system: You are a helpful assistant.
user:
Analyze the provided spectrum to determine if it is a **"Cataclysmic Variables (CV)"**.

- **Key Indicators for CV (Check for either state):**
    - **State 1: Quiescent / Low-State (Emission-Dominated)**
        - **(Primary):** Strong and *very broad* Hydrogen Balmer emission lines (e.g., $H\alpha$ at 6563 Å, $H\beta$ at 4861 Å). The 'broadness' (high velocity dispersion, often FWHM > 1000 km/s) is the key diagnostic, indicating a high-velocity accretion disk.
        - **(Secondary):** Broad neutral Helium (He I) emission lines (e.g., 5876 Å, 6678 Å).
        - **(Key Confirmation):** Presence of high-excitation *ionized* Helium (He II) emission at 4686 Å. This is a strong indicator of accretion onto a white dwarf.
        - **(Line Profile):** Emission lines may exhibit a 'double-peaked' profile, which is a classic signature of a rotating accretion disk viewed at high inclination.

    - **State 2: Outburst / High-State (Absorption-Dominated)**
        - **(Primary):** Spectrum is dominated by a bright, blue continuum (looks like a hot star).
        - **(Secondary):** The emission lines from State 1 are weak, absent, or 'filled in', and are replaced by broad, shallow *absorption* lines (primarily Balmer and He I).
        - **(Morphology):** The overall spectrum mimics a hot B/A-type star. The crucial difference is that the absorption lines are significantly broader, shallower, and more 'washed-out' (or 'smeared') than the sharp lines of a normal stellar photosphere, due to high rotational speeds and pressure broadening in the disk.

Think first, call **spectral_visualization_tool** if needed to examine features in detail, then provide your final answer. Your response must adhere to the following strict rules:
1.  **Overall Structure:** Your response must follow the format `<think>...</think> <tool_call>...</tool_call> (if a tool is used) <answer>...</answer>`.
2.  **Tool Usage Constraint:** You may only make **one** tool call per turn.
3.  **Final Answer Format:** In the `<answer>` tag, your conclusion must be inside a `\boxed{}` command (e.g., `\boxed{YES}`), followed by your justification.

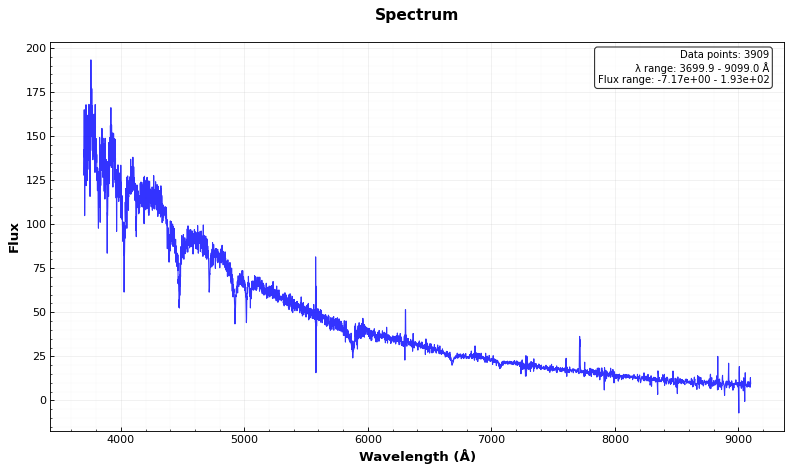
Answer: NO